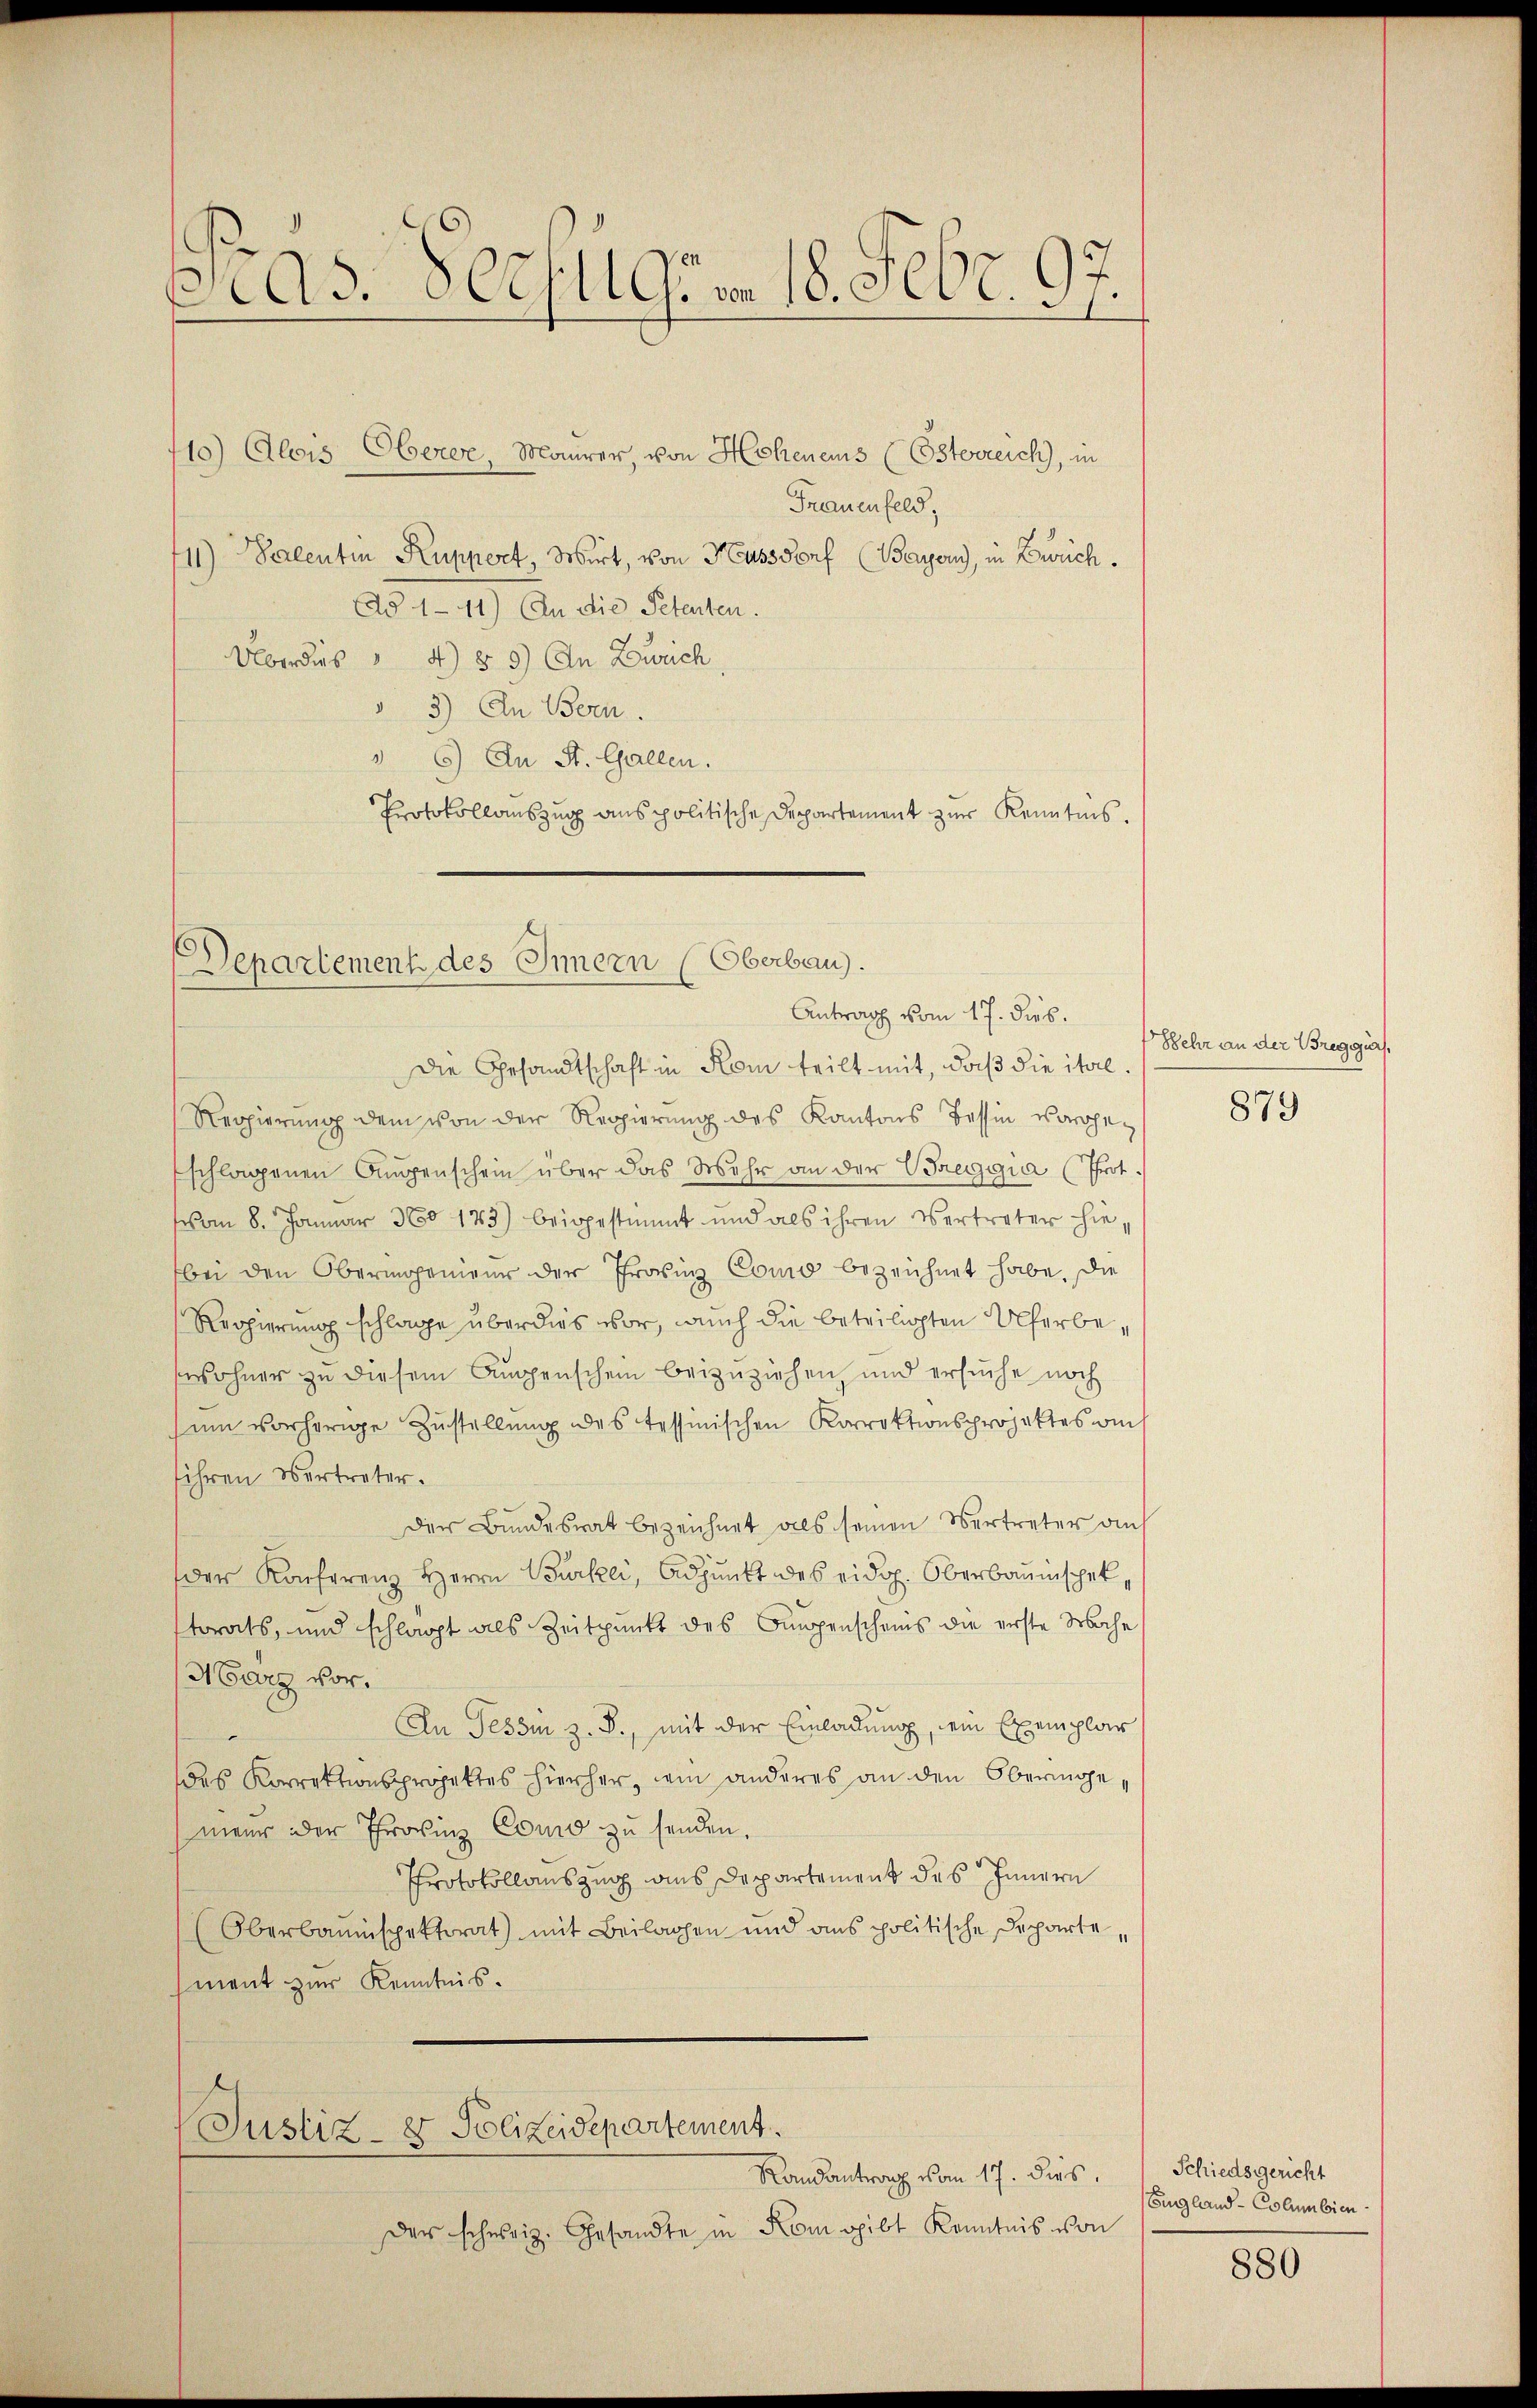
1
As. 8 Oct. 119. von 18. Febr. 97.

110) Alois Oberer, Maurer, von Hohenens (Österreich, in
Frauenfeld,
11) Salentin Kuppert, Wirt, von Hussdorf (Bayons, in Zürch.
Ad 1-11) An die Petenten.
Überdies " 4) § 8) In Zürich,
 3) An Bern.
 6) An St. Gallen.
Protokollauszug aus politische Departement zur Kenntnis.

Departement des Innern (Oberbau).
Antrag vom 17. dies.

Die Gesandtschaft in Kom teilt mit, daß die ital¬
Reppierung dem von der Regierung des Kantons Tessin vorgeschlagenen Augenschein über das Mehr an der Breggia (Prot
vom 8. Januar 360 145) beigestimmt und als ihren Vertreter hiebei den Obermogenieur der Provinz Como bezeichnet habe. Die
Reogierung schlage überdies vor, auch die beteiligten Uferbewohner zu diesem Augenschein beizuziehen, und ersuche noch
um vorherige Zustellung des tessinischen Korrektionsprojektes am
sihren Vertreter.
Der Bundesrat bezeichnet als seinen Vertreter auf
der Konferenz Herrn Bürkli, Adjunkt des eidg. Oberbauinspek
storats, und schlagt als Zeitpunkt des Bungenscheins die erste Mache
Harz vor.
In Tessin z. B., mit der Einladung, ein Exemplar
des Korrektionsprojektes hierher, wie anderes an den Oberinge,
nieur der Provinz Como zu senden.
Protokollauszug aus Departement des Innern
Oberbauinspektorat) mit Beilagen und ans politische Departe,
ment zur Kenntnis.

Justiz- & Polizeidepartement.

Landantrag vom 17. dies
der schweiz. Gesandte in Rom gibt Kenntnis von

Sehr an der Bregguer,

879

Schiedsgericht
England - Columbien

880